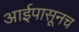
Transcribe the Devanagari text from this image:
आईपासूनच